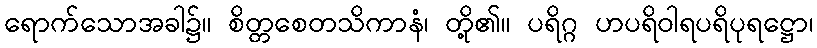
ရောက်သောအခါ၌။ စိတ္တစေတသိကာနံ၊ တို့၏။ ပရိဂ္ဂ ဟပရိဝါရပရိပုရဋ္ဌော၊